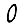
Digit: 0